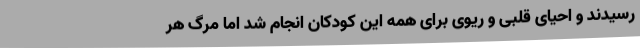
رسیدند و احیای قلبی و ریوی برای همه این کودکان انجام شد اما مرگ هر